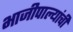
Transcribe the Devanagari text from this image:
भाजीपाल्यांची